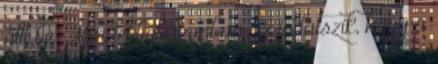
állt be. Mindebből azonban az is látszik, hogy a